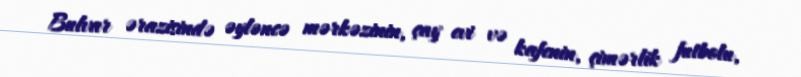
Bulvar ərazisində əyləncə mərkəzinin, çay evi və kafenin, çimərlik futbolu,